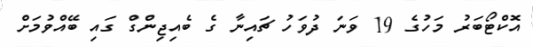
އޮކްޓޯބަރު މަހުގެ 19 ވަނަ ދުވަހު ޗައިނާ ގެ ބެއިޖިންގް ގައި ބޭއްވުމަށް